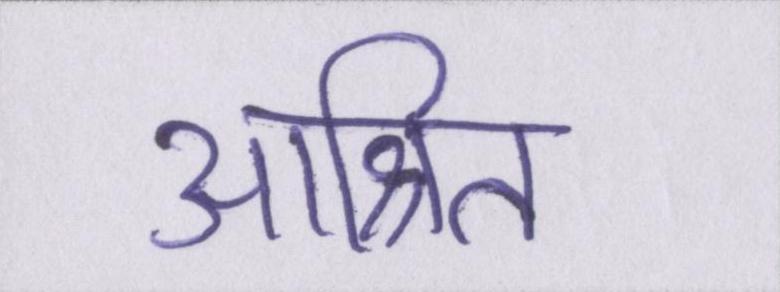
आश्रित